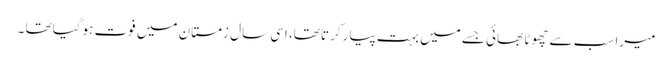
میرا سب سے چھوٹا بھائی جسے میں بہت پیار کرتا تھا، اسی سال زمستان میں فوت ہوگیا تھا ۔